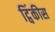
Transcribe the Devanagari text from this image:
ट्विंकीस